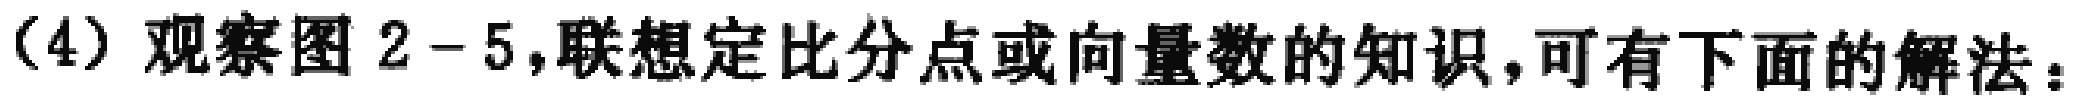
(4) 观察图 2-5,联想定比分点或向量数的知识,可有下面的解法：